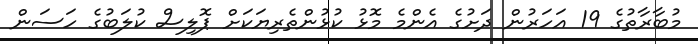
މުބާރާތުގެ 19 އަހަރުން ދަށުގެ އެންމެ މޮޅު ކުޅުންތެރިޔަކަށް ޕޮލިސް ކުލަބުގެ ހަސަން